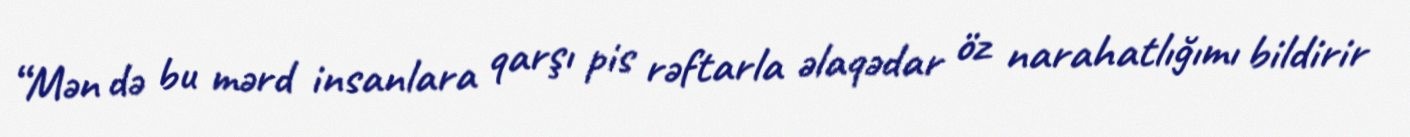
“Mən də bu mərd insanlara qarşı pis rəftarla əlaqədar öz narahatlığımı bildirir